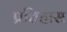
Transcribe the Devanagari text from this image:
प्रतिहास